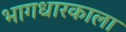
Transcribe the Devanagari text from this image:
भागधारकाला